Annual returns of the Patna Lunatic Asylum at Bankipore in Bihar and Orissa - 1912-1924
Year: 1912
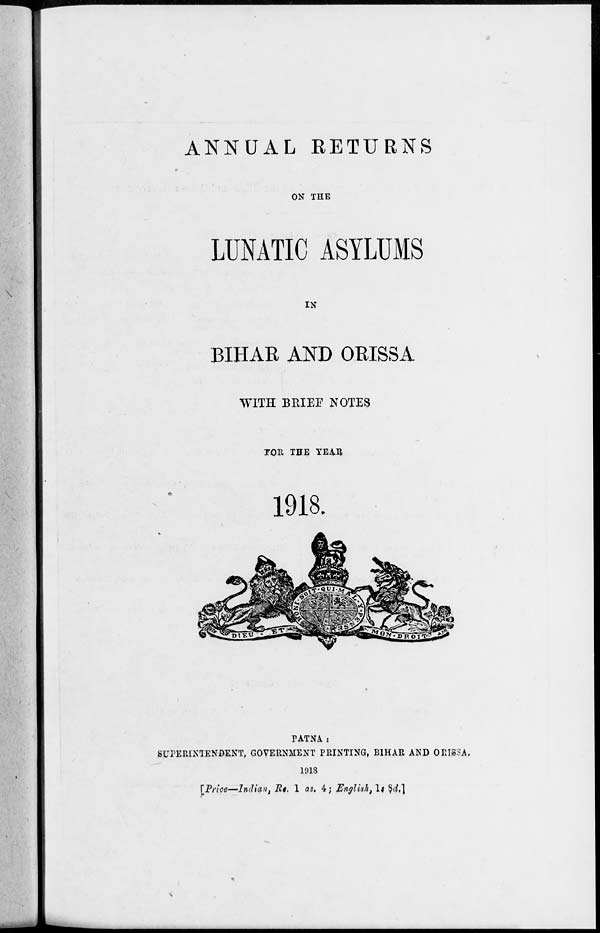
ANNUAL RETURNS
ON THE
LUNATIC ASYLUMS
IN
BIHAR AND ORISSA
WITH BRIEF NOTES
FOR THE YEAR
1918.
PATNA:
SUPERINTENDENT, GOVERNMENT PRINTING, BIHAR AND ORISSA.
1918
[Price—Indian, Re. 1 as. 4; English, 1s 8d.]